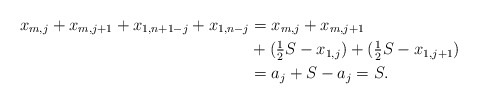
\begin{align*} x_{m,j} + x_{m,j+1} + x_{1,n+1-j} + x_{1,n-j} &=x_{m,j} + x_{m,j+1} \\ &+ (\tfrac{1}{2} S - x_{1,j}) + (\tfrac{1}{2} S - x_{1,j+1}) \\ &= a_j +S -a_j =S.\end{align*}